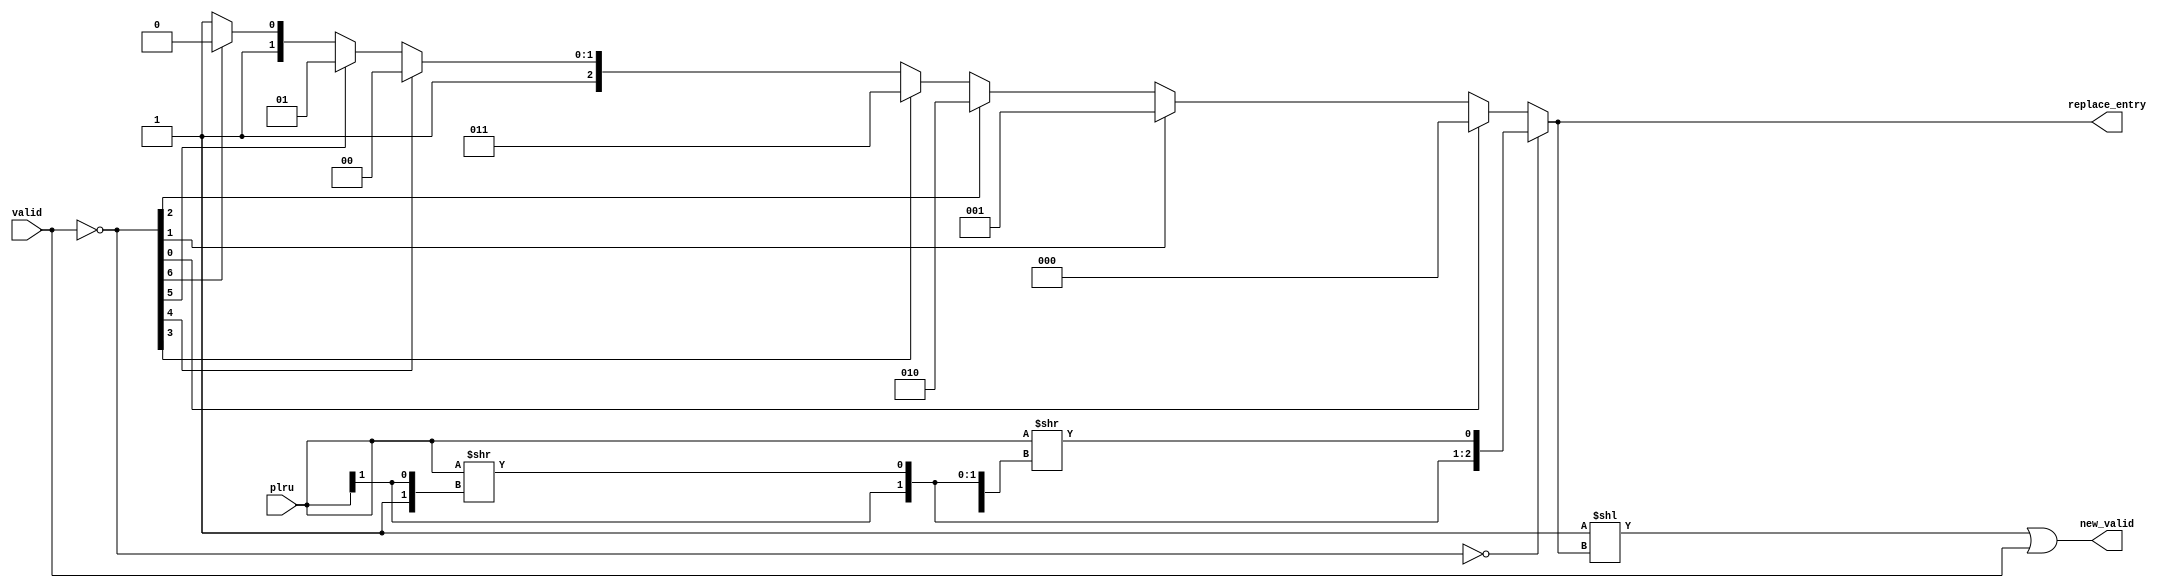
module replace_select_unit(
	input [7:0] plru,
	input [7:0] valid,

	output [2:0] replace_entry,
	output [7:0] new_valid
	);

	wire [7:0] T_2394;
	wire [7:0] T_2397;
	wire [7:0] T_2400;

	wire [1:0] T_2396;
	wire [2:0] T_2399;
	wire [3:0] T_2402;

	wire [2:0] plru_replace;
	wire [2:0] priority_replace;

	wire [7:0] T_2390;
	wire valid_andR;

	assign T_2394 = plru >> 1'h1;
	assign T_2396 = {1'h1, T_2394[0]};
	assign T_2397 = plru >> T_2396;
	assign T_2399 = {T_2396, T_2397[0]};
	assign T_2400 = plru >> T_2399;
	assign T_2402 = {T_2399, T_2400[0]};

	assign plru_replace = T_2402[2:0];

	assign T_2390 = ~valid;
	assign valid_andR = T_2390 == 8'h0;
	assign priority_replace = T_2390[0] ? 3'h0 : (T_2390[1] ? 3'h1: (T_2390[2] ? 3'h2: (T_2390[3] ? 3'h3: T_2390[4] ? 3'h4 : (T_2390[5] ? 3'h5: (T_2390[6] ? 3'h6 : 3'h7)))));
	assign replace_entry = valid_andR ? plru_replace : priority_replace;
	assign new_valid = (8'h1 << replace_entry) | valid;

endmodule